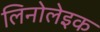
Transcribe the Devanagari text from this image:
लिनोलेइक